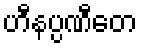
ဟီနပ္ပဏီတေ